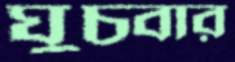
ঘুচবার